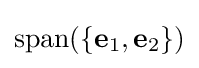
\operatorname {span} (\{\mathbf {e} _{1},\mathbf {e} _{2}\})